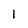
Character: 1